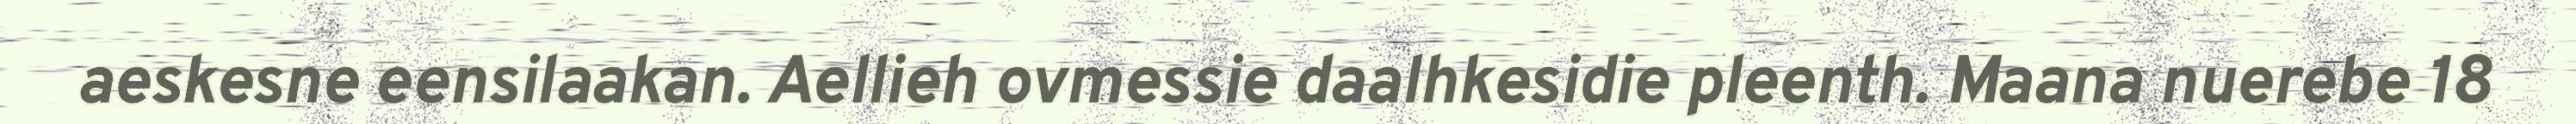
aeskesne eensilaakan. Aellieh ovmessie daalhkesidie pleenth. Maana nuerebe 18